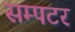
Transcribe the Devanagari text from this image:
सम्पटर